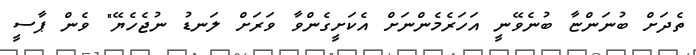
ތެދަށް ބުނަންޏާ ބުނެވޭނީ އަހަރެމެންނަށް އެކަށީގެންވާ ވަރަށް ލަނޑު ނުޖެހެޔޭ" ވެން ޕާސީ